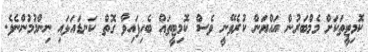
ކޮމިޓީތަކަށް މެމްބަރުން އައްޔަން ކުރެވޭނީ ވެސް ކޮމިޓީތައް ބެހިފައިވާ ގޮތް ކަނޑައަޅައި ނިންމުމުންނެވެ.